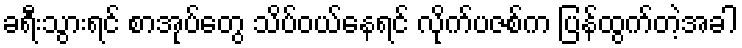
ခရီးသွားရင် စာအုပ်တွေ သိပ်ဝယ်နေရင် လိုက်ပဇစ်က ပြန်ထွက်တဲ့အခါ